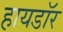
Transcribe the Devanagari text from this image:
हायडॉर